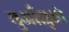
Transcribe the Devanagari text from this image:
युआँझुओ